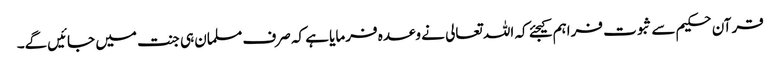
قرآن حکیم سے ثبوت فراہم کیجئے کہ اللہ تعالی نے وعدہ فرمایا ہے کہ صرف مسلمان ہی جنت میں‌ جائیں‌گے۔